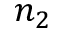
n _ { 2 }